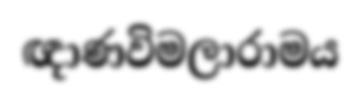
ඥාණවිමලාරාමය